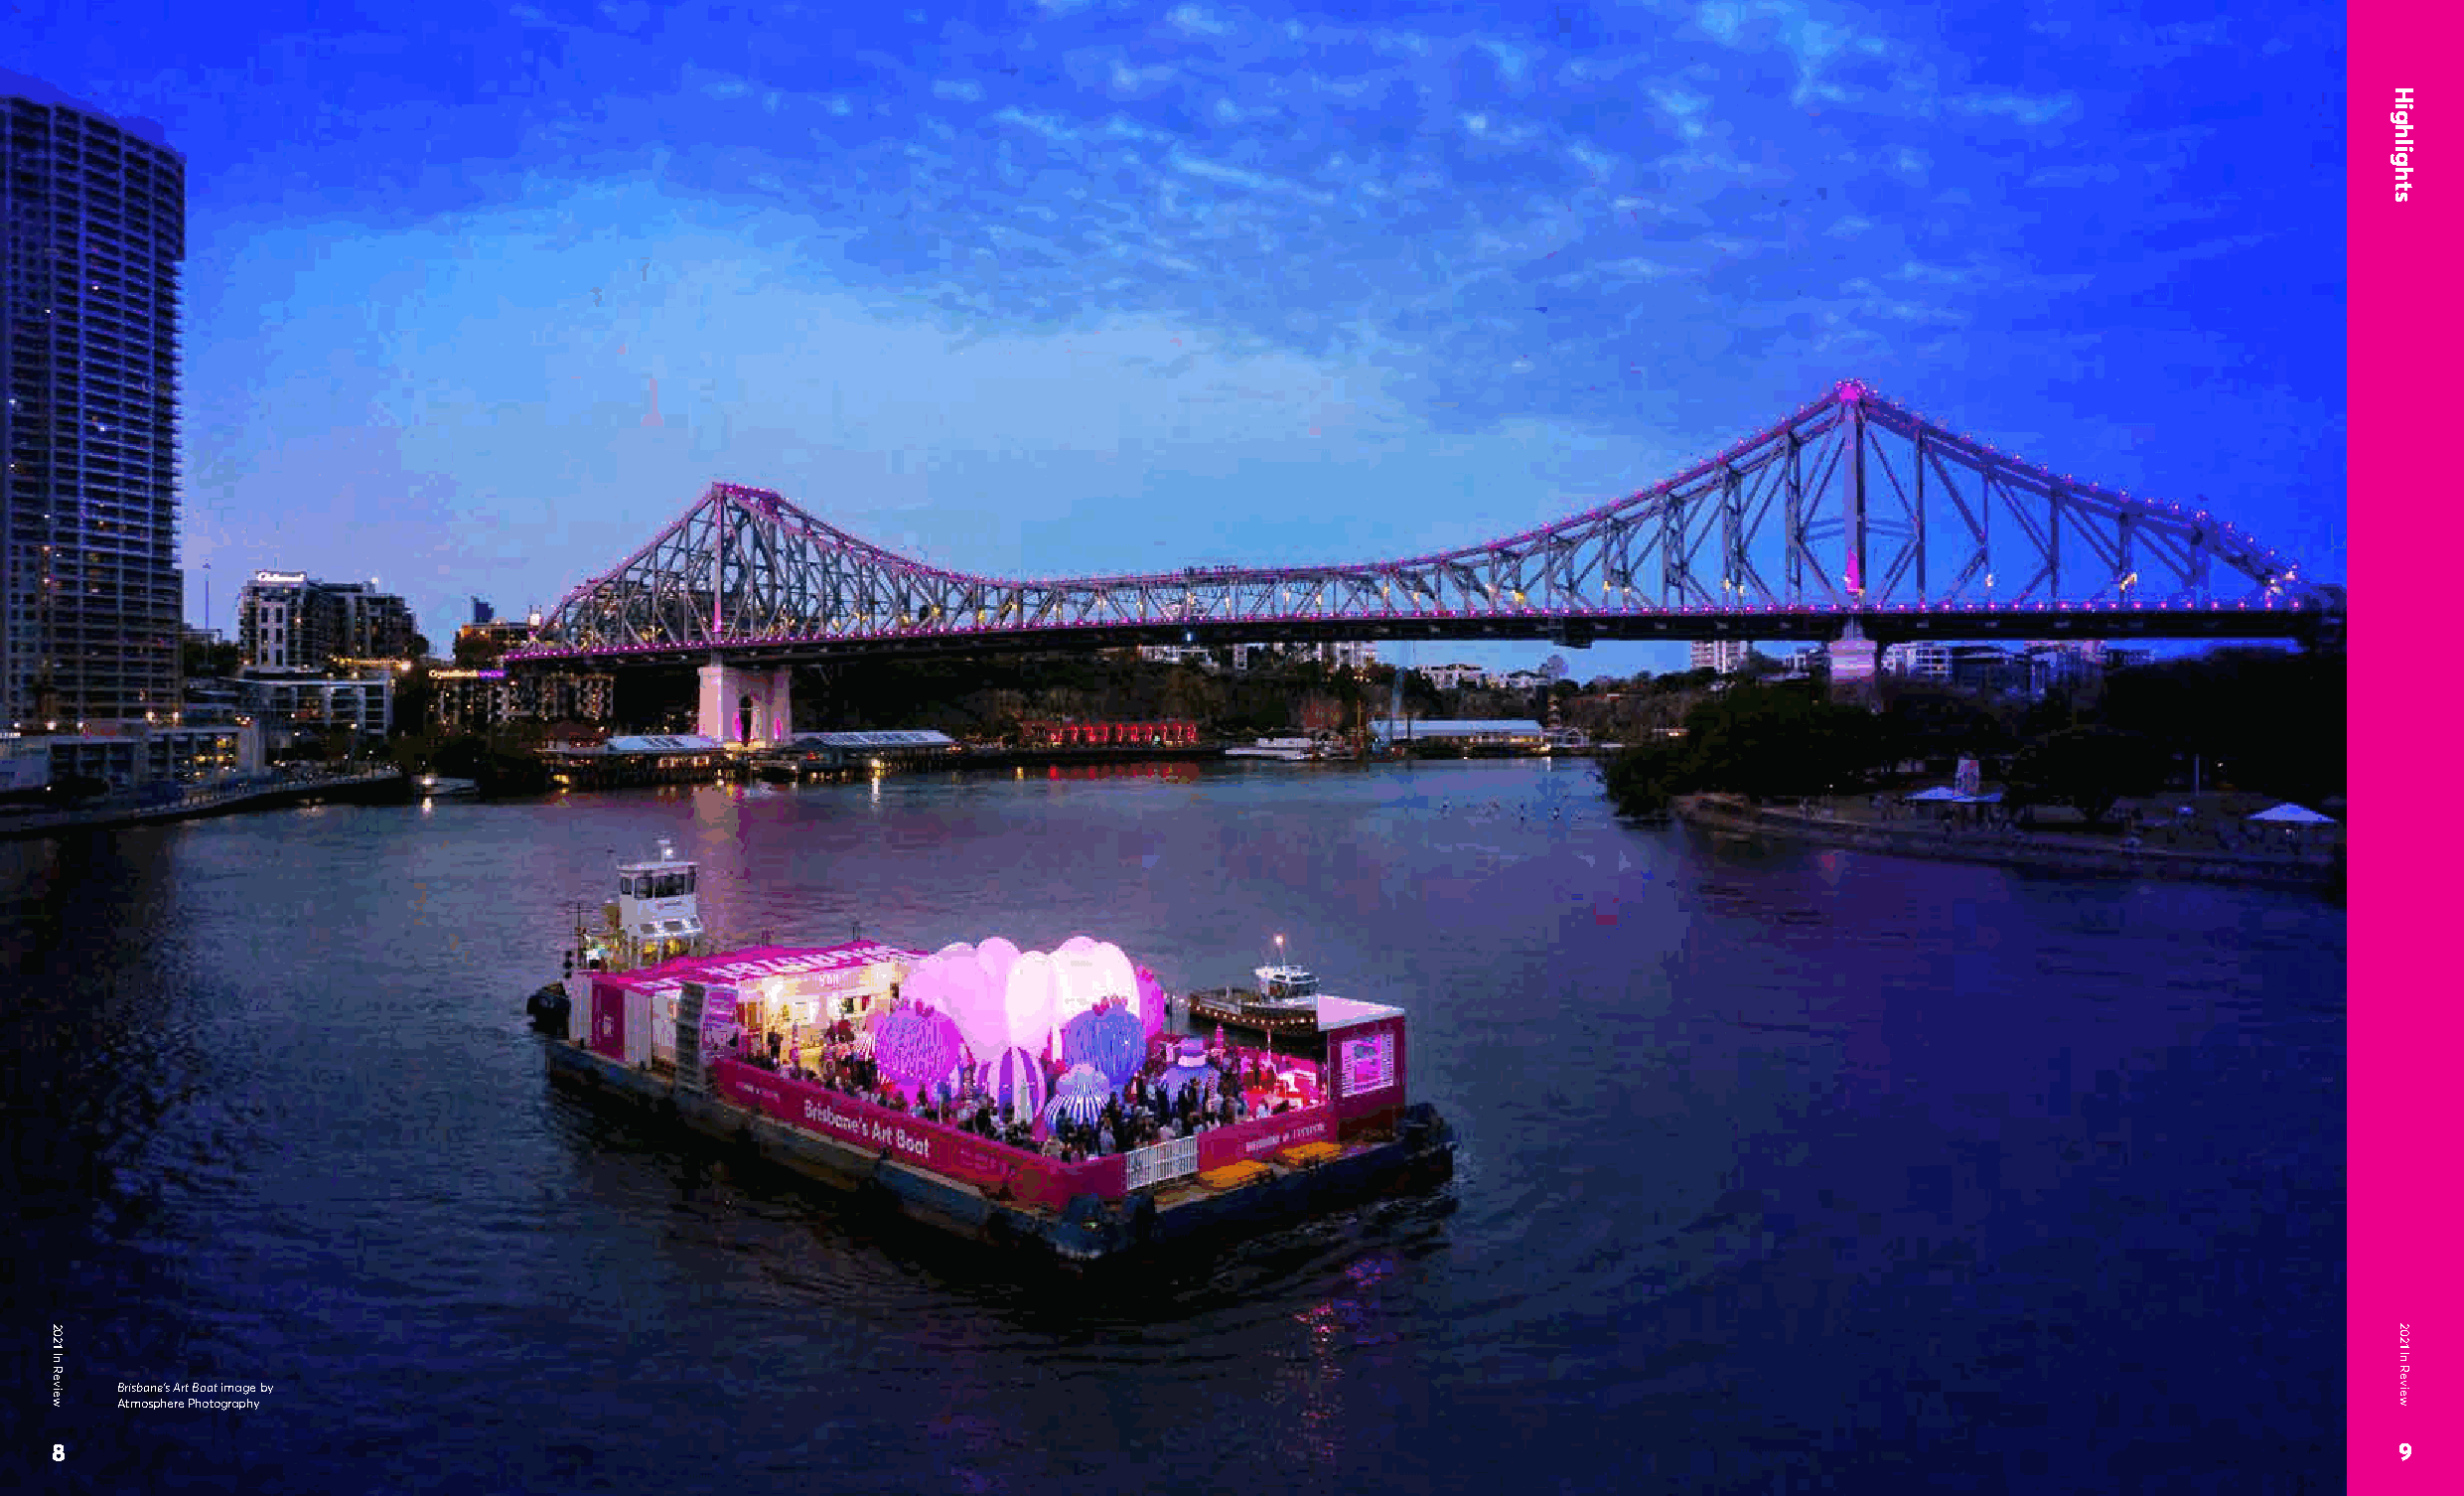
Brisbane’s Art Boat image by
 Atmosphere Photography
 8                                                                                                                                                            9
 2021
 In
 Review
 Highlights
 2021
 In
 Review